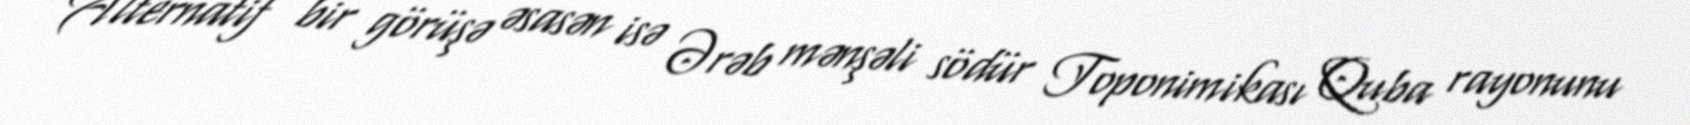
Alternatif bir görüşə əsasən isə Ərəb mənşəli södür Toponimikası Quba rayonunu